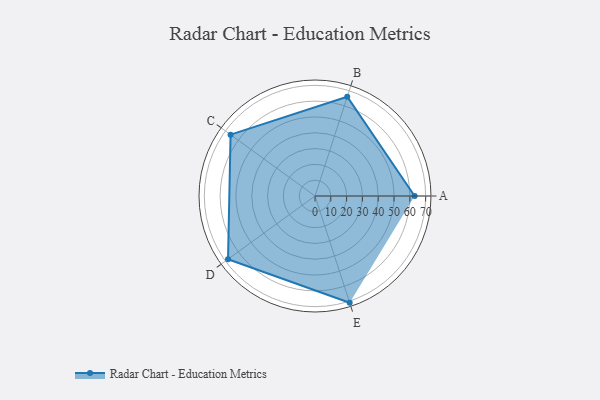
{"axis": {"x": "Skill", "y": "Score"}, "legend": ["Profile"], "data": [{"x": "A", "y": 63.0, "type": "Profile"}, {"x": "B", "y": 66.0, "type": "Profile"}, {"x": "C", "y": 66.0, "type": "Profile"}, {"x": "D", "y": 68.0, "type": "Profile"}, {"x": "E", "y": 71.0, "type": "Profile"}]}